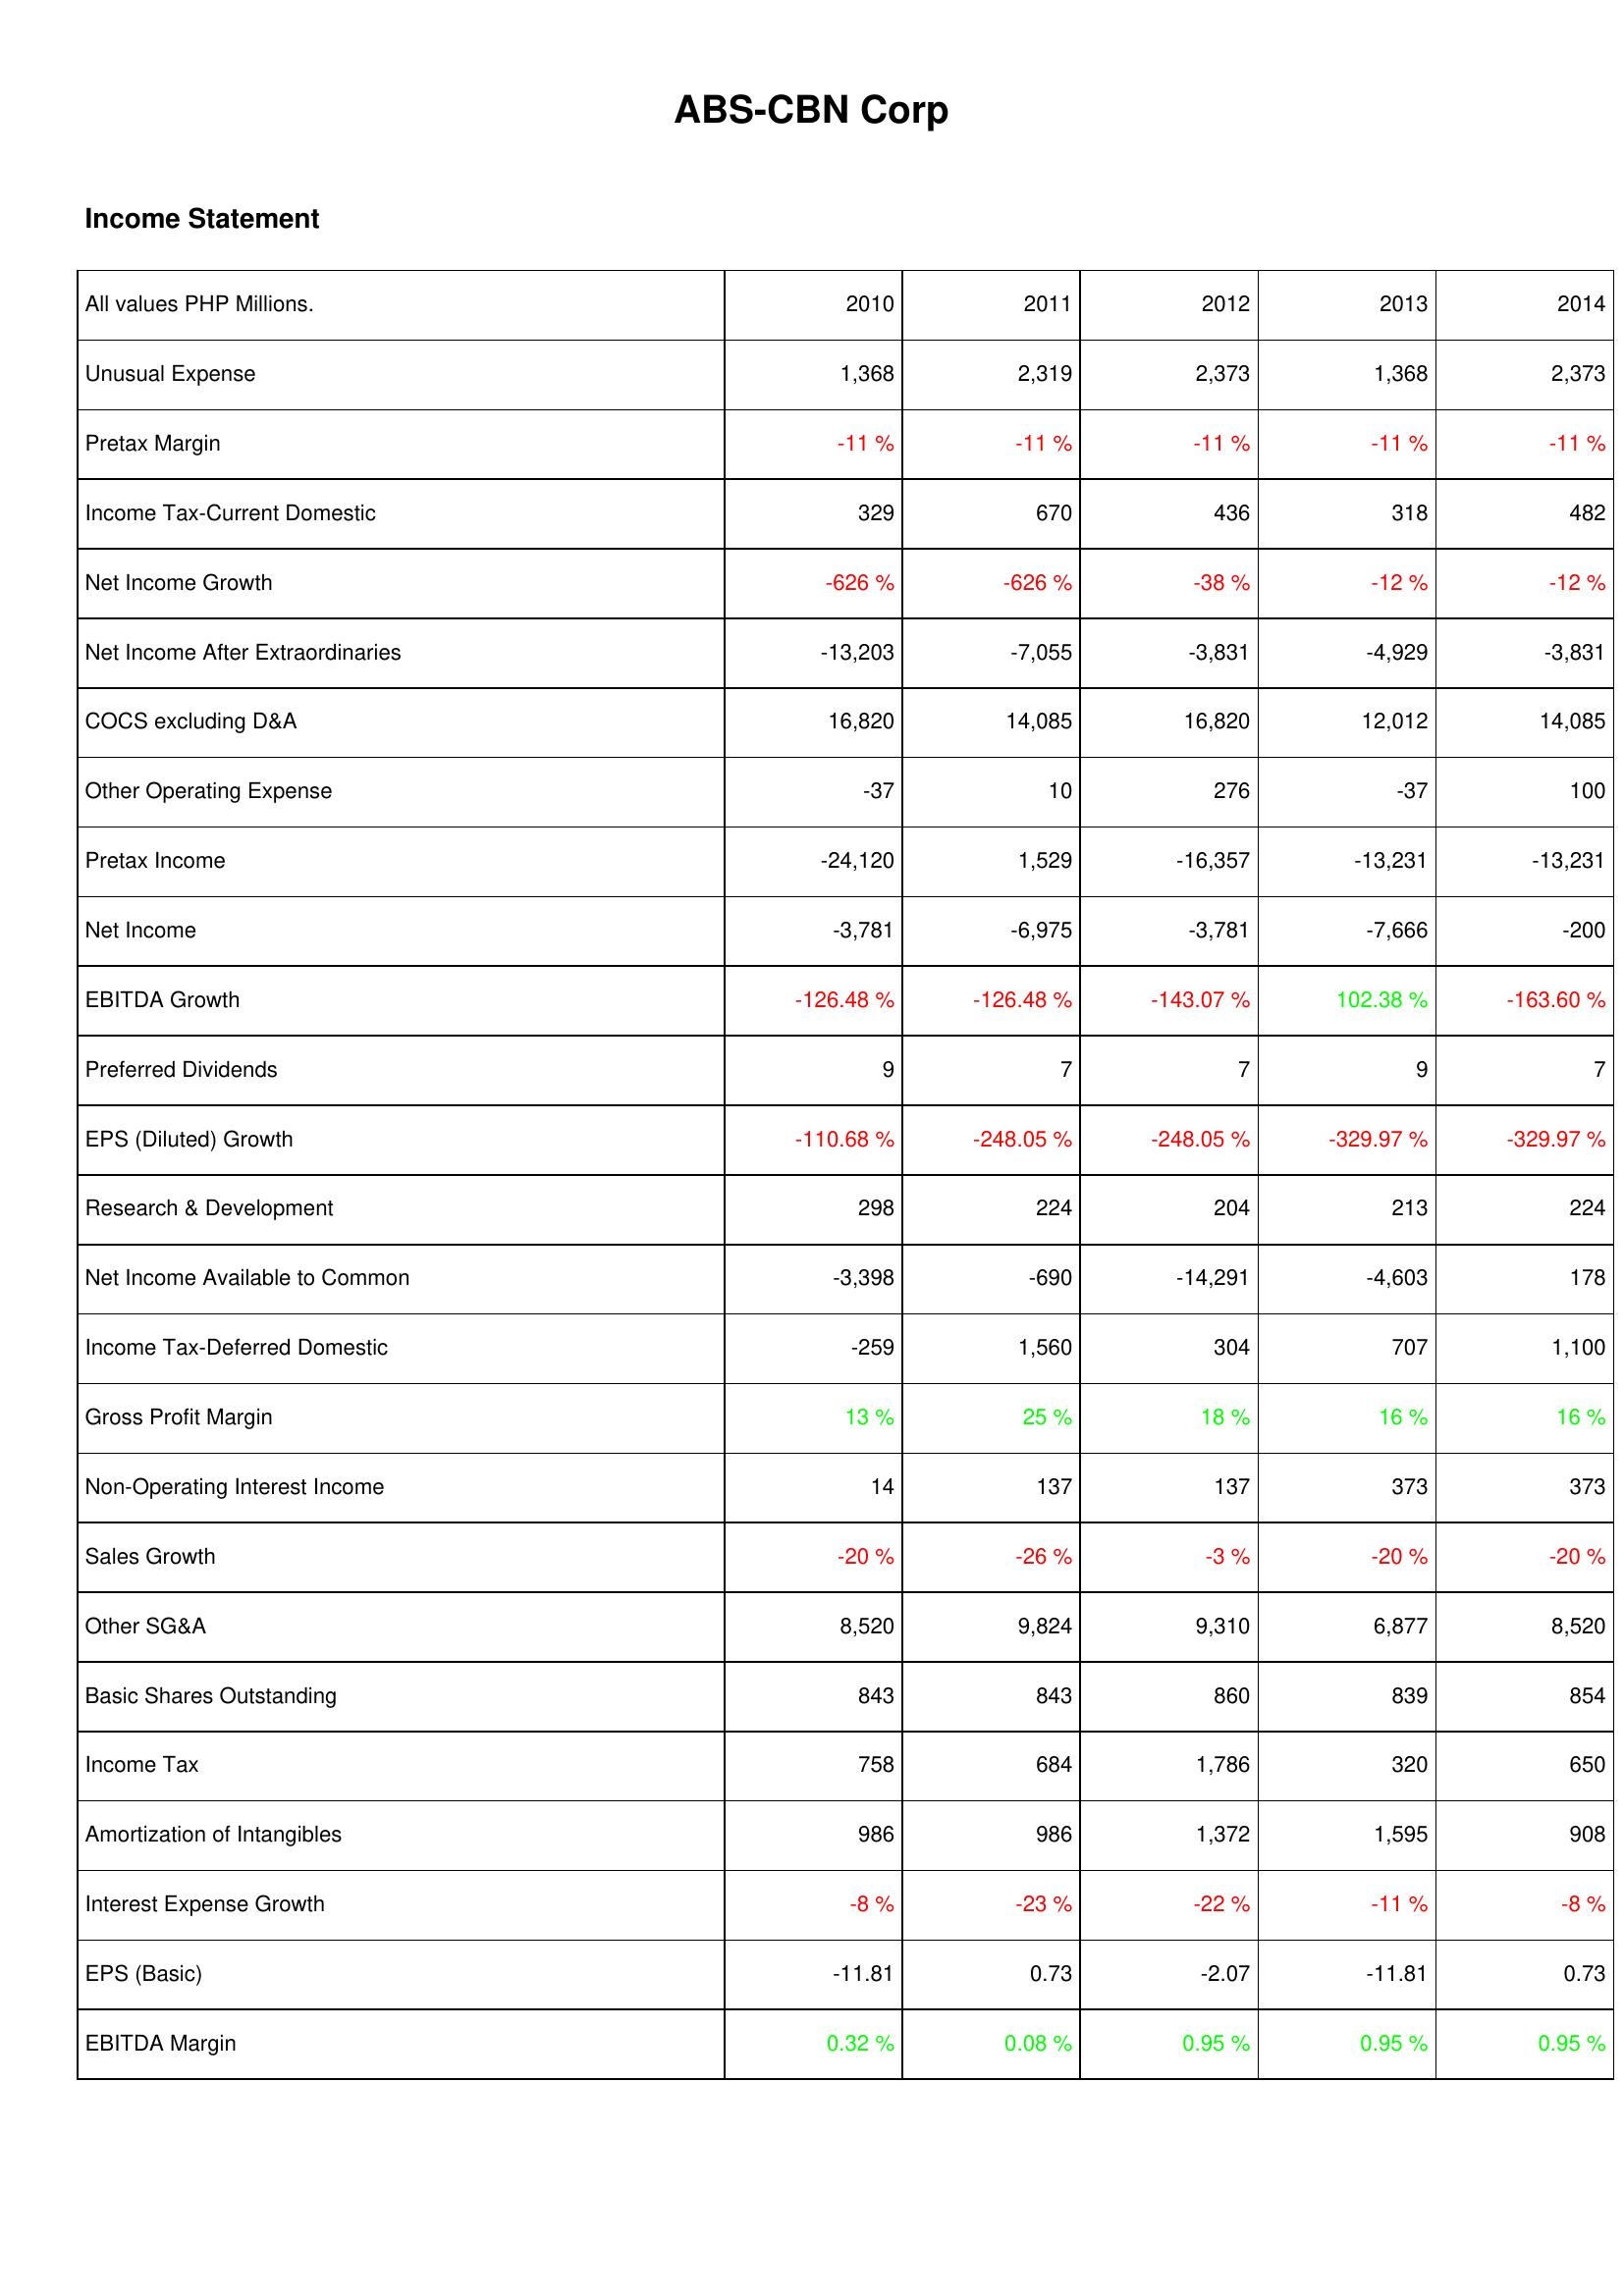
2010: Income Statement: Unusual Expense: 1,368
Pretax Margin: -11 %
Income Tax-Current Domestic: 329
Net Income Growth: -626 %
Net Income After Extraordinaries: -13,203
COCS excluding D&A: 16,820
Other Operating Expense: -37
Pretax Income: -24,120
Net Income: -3,781
EBITDA Growth: -126.48 %
Preferred Dividends: 9
EPS (Diluted) Growth: -110.68 %
Research & Development: 298
Net Income Available to Common: -3,398
Income Tax-Deferred Domestic: -259
Gross Profit Margin: 13 %
Non-Operating Interest Income: 14
Sales Growth: -20 %
Other SG&A: 8,520
Basic Shares Outstanding: 843
Income Tax: 758
Amortization of Intangibles: 986
Interest Expense Growth: -8 %
EPS (Basic): -11.81
EBITDA Margin: 0.32 %
2011: Income Statement: Unusual Expense: 2,319
Pretax Margin: -11 %
Income Tax-Current Domestic: 670
Net Income Growth: -626 %
Net Income After Extraordinaries: -7,055
COCS excluding D&A: 14,085
Other Operating Expense: 10
Pretax Income: 1,529
Net Income: -6,975
EBITDA Growth: -126.48 %
Preferred Dividends: 7
EPS (Diluted) Growth: -248.05 %
Research & Development: 224
Net Income Available to Common: -690
Income Tax-Deferred Domestic: 1,560
Gross Profit Margin: 25 %
Non-Operating Interest Income: 137
Sales Growth: -26 %
Other SG&A: 9,824
Basic Shares Outstanding: 843
Income Tax: 684
Amortization of Intangibles: 986
Interest Expense Growth: -23 %
EPS (Basic): 0.73
EBITDA Margin: 0.08 %
2012: Income Statement: Unusual Expense: 2,373
Pretax Margin: -11 %
Income Tax-Current Domestic: 436
Net Income Growth: -38 %
Net Income After Extraordinaries: -3,831
COCS excluding D&A: 16,820
Other Operating Expense: 276
Pretax Income: -16,357
Net Income: -3,781
EBITDA Growth: -143.07 %
Preferred Dividends: 7
EPS (Diluted) Growth: -248.05 %
Research & Development: 204
Net Income Available to Common: -14,291
Income Tax-Deferred Domestic: 304
Gross Profit Margin: 18 %
Non-Operating Interest Income: 137
Sales Growth: -3 %
Other SG&A: 9,310
Basic Shares Outstanding: 860
Income Tax: 1,786
Amortization of Intangibles: 1,372
Interest Expense Growth: -22 %
EPS (Basic): -2.07
EBITDA Margin: 0.95 %
2013: Income Statement: Unusual Expense: 1,368
Pretax Margin: -11 %
Income Tax-Current Domestic: 318
Net Income Growth: -12 %
Net Income After Extraordinaries: -4,929
COCS excluding D&A: 12,012
Other Operating Expense: -37
Pretax Income: -13,231
Net Income: -7,666
EBITDA Growth: 102.38 %
Preferred Dividends: 9
EPS (Diluted) Growth: -329.97 %
Research & Development: 213
Net Income Available to Common: -4,603
Income Tax-Deferred Domestic: 707
Gross Profit Margin: 16 %
Non-Operating Interest Income: 373
Sales Growth: -20 %
Other SG&A: 6,877
Basic Shares Outstanding: 839
Income Tax: 320
Amortization of Intangibles: 1,595
Interest Expense Growth: -11 %
EPS (Basic): -11.81
EBITDA Margin: 0.95 %
2014: Income Statement: Unusual Expense: 2,373
Pretax Margin: -11 %
Income Tax-Current Domestic: 482
Net Income Growth: -12 %
Net Income After Extraordinaries: -3,831
COCS excluding D&A: 14,085
Other Operating Expense: 100
Pretax Income: -13,231
Net Income: -200
EBITDA Growth: -163.60 %
Preferred Dividends: 7
EPS (Diluted) Growth: -329.97 %
Research & Development: 224
Net Income Available to Common: 178
Income Tax-Deferred Domestic: 1,100
Gross Profit Margin: 16 %
Non-Operating Interest Income: 373
Sales Growth: -20 %
Other SG&A: 8,520
Basic Shares Outstanding: 854
Income Tax: 650
Amortization of Intangibles: 908
Interest Expense Growth: -8 %
EPS (Basic): 0.73
EBITDA Margin: 0.95 %